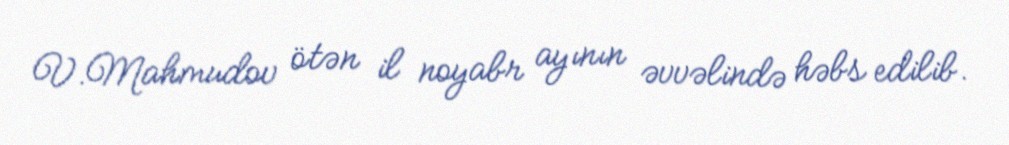
V.Mahmudov ötən il noyabr ayının əvvəlində həbs edilib.